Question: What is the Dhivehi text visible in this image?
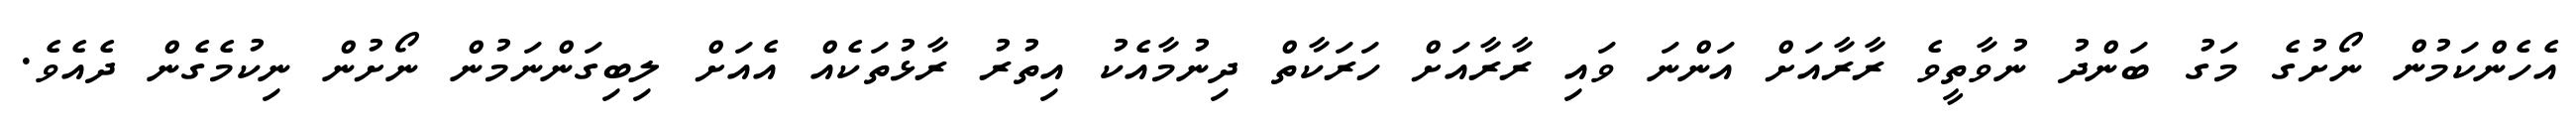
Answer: އެހެންކަމުން ނޯށުގެ މަގު ބަންދު ނުވާތީވެ ރާރާއަށް އަންނަ ވައި ރާރާއަށް ހަރަކާތް ދިނުމާއެކު އިތުރު ރާޅުތަކެއް އެއަށް ލިބިގަންނަމުން ނޯށުން ނިކުމެގެން ދެއެވެ.